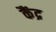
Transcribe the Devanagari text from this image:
कैंद्र